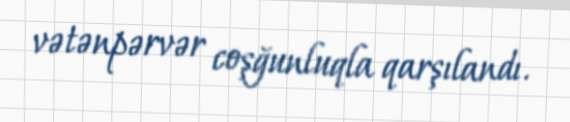
vətənpərvər coşğunluqla qarşılandı.